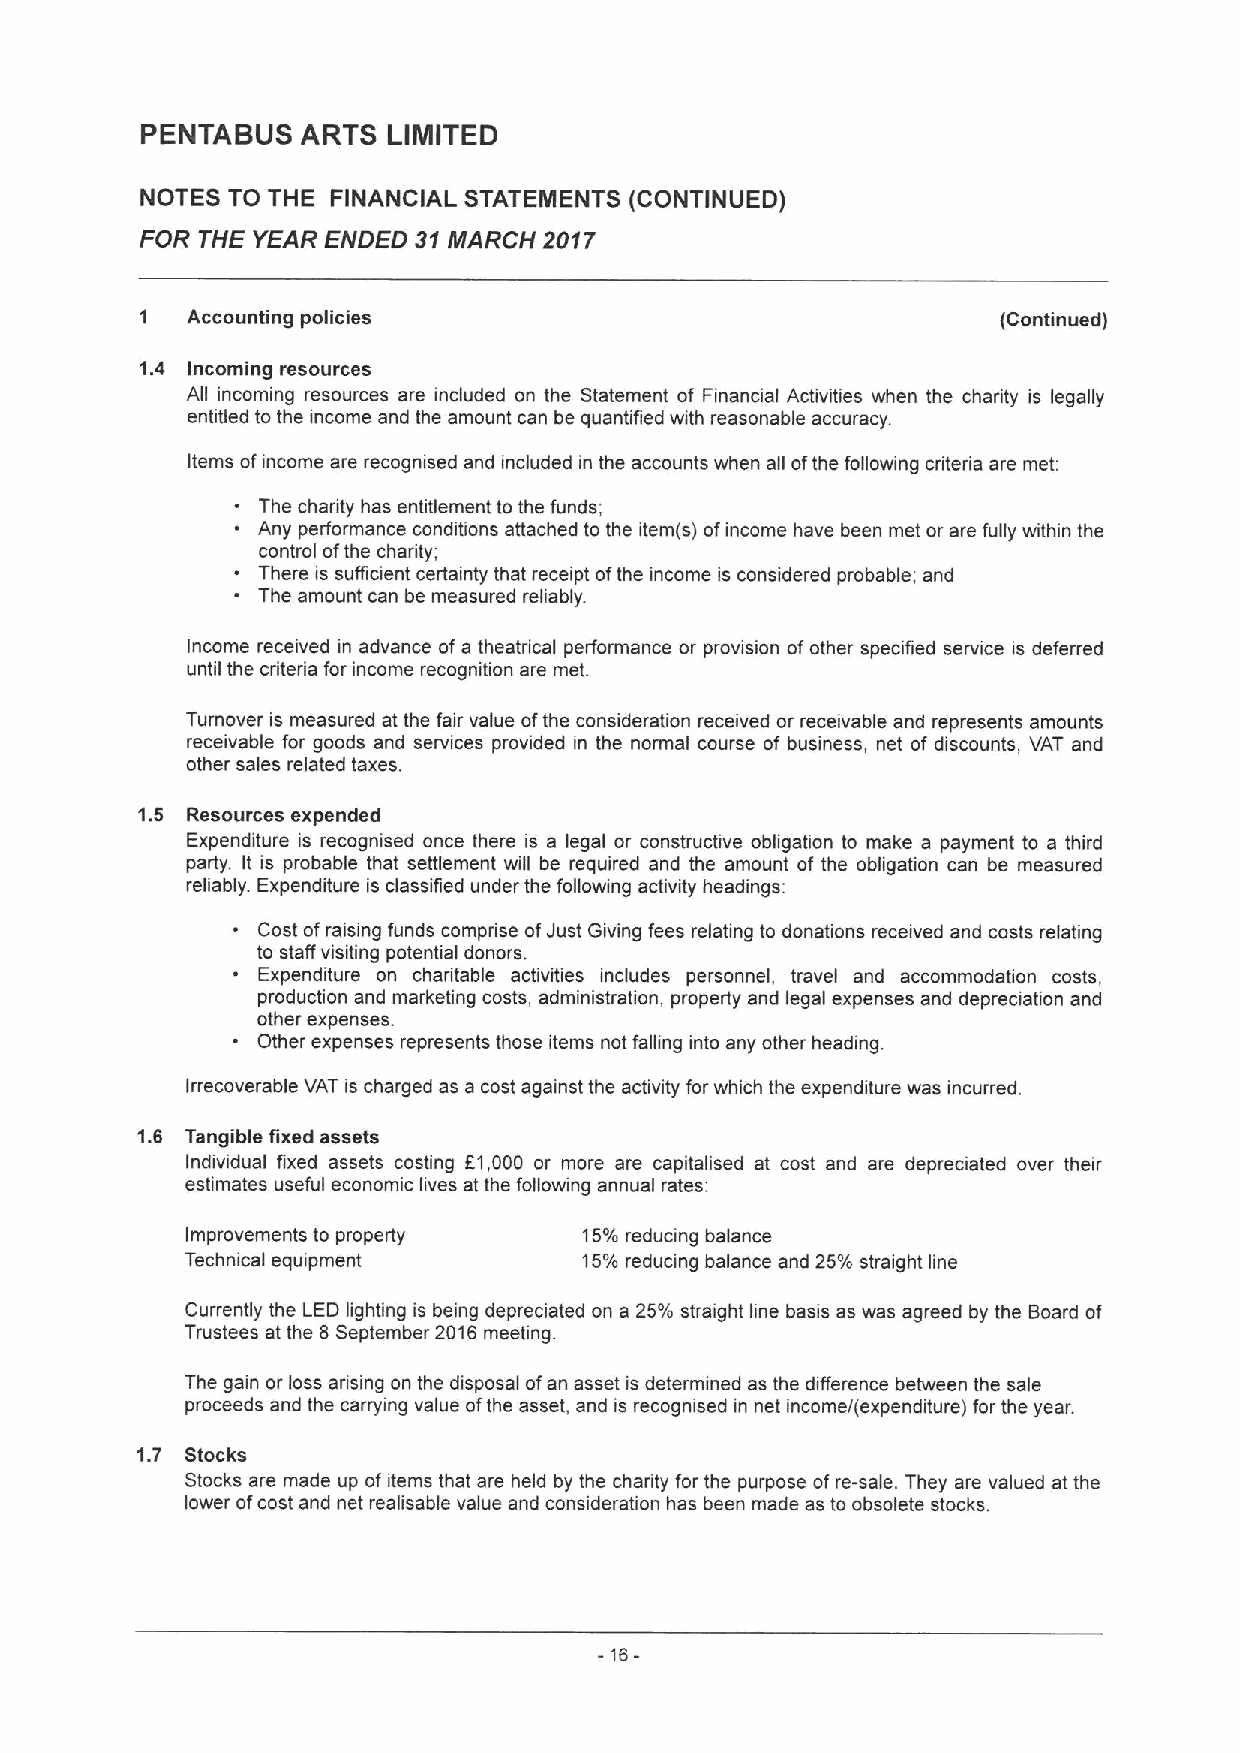
PENTABUS   ARTS  LIMITED
 NOTES TO THE FINANCIAL STATEMENTS (CONTINUED)
 FOR THE YEAR ENDED 31MARCH 2017
 1  Accounting policies                                   (Continued)
 1.4 Incoming resources
 All incoming resources are included on the Statement of Financial Activities when the charity is legally
 entitled to the income and the amount can be quantified with reasonable accuracy.
 Items ofincome are recognised and included in the accounts when all ofthe following criteria are met:
 The charity has entitlement to the funds;
 Any performance conditions attached to the item(s) ofincome have been met or are fully within the
 control ofthe charity;
 There is sufficient certainty that receipt ofthe income is considered probable; and
 The amount can be measured reliably.
 Income received in advance ofa theatrical performance or provision ofother specified service is deferred
 until the criteria for income recognition are met.
 Turnover is measured at the fair value ofthe consideration received or receivable and represents amounts
 receivable for goods and services provided in the normal course of business, net of discounts, VAT and
 other sales related taxes.
 1.5 Resources expended
 Expenditure is recognised once there is a legal or constructive obligation to make a payment to a third
 party. It is probable that settlement will be required and the amount of the obligation can be measured
 reliably. Expenditure is classified under the following activity headings:
 Cost ofraising funds comprise ofJust Giving fees relating to donations received and costs relating
 to staff visiting potential donors.
 Expenditure on charitable activities includes personnel, travel and accommodation costs,
 production and marketing costs, administration, property and legal expenses and depreciation and
 other expenses.
 Other expenses represents those items not falling into any other heading.
 Irrecoverable VAT is charged as a cost against the activity forwhich the expenditure was incurred.
 1.6 Tangible fixed assets
 Indwidual fixed assets costing 61,000 or more are capitalised at cost and are depreciated over their
 estimates useful economic lives at the following annual rates:
 Improvements to property   15%reducing balance
 Technical equipment        15%reducing balance and 25% straight line
 Currently the LED lighting is being depreciated on a 25% straight line basis as was agreed by the Board of
 Trustees at the 8 September 2016meeting.
 The gain or loss arising on the disposal ofan asset is determined as the difference between the sale
 proceeds and the carrying value ofthe asset, and is recognised in net income/(expenditure) for the year.
 1.7 Stocks
 Stocks are made up ofitems that are held by the charity for the purpose ofre-sale. They are valued at the
 lower ofcost and net realisable value and consideration has been made as to obsolete stocks.
 -16-